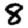
Digit: 8